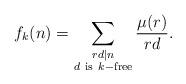
LaTeX: \begin{align*}f_k(n)=\sum_{\substack{rd\mid n\\d\ {\rm{is}}\ k-{\rm{free}}}}\frac{\mu (r)}{rd}.\end{align*}